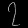
Digit: ၇